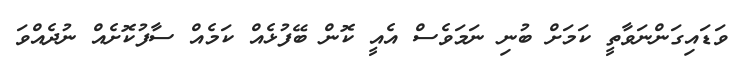
ވަޑައިގަންނަވާތީ ކަމަށް ބުނި ނަމަވެސް އެއީ ކޮން ބޭފުޅެއް ކަމެއް ސާފުކޮށެއް ނުދެއްވަ